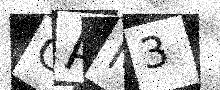
Text: CAM3